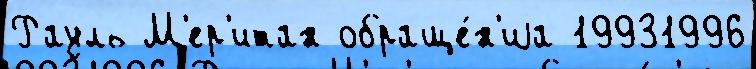
Рауль М'ер'итан обраще́н'иjа 19931996